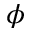
\phi